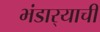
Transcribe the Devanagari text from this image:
भंडार्‍याची